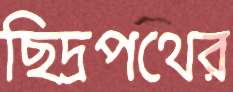
ছিদ্রপথের